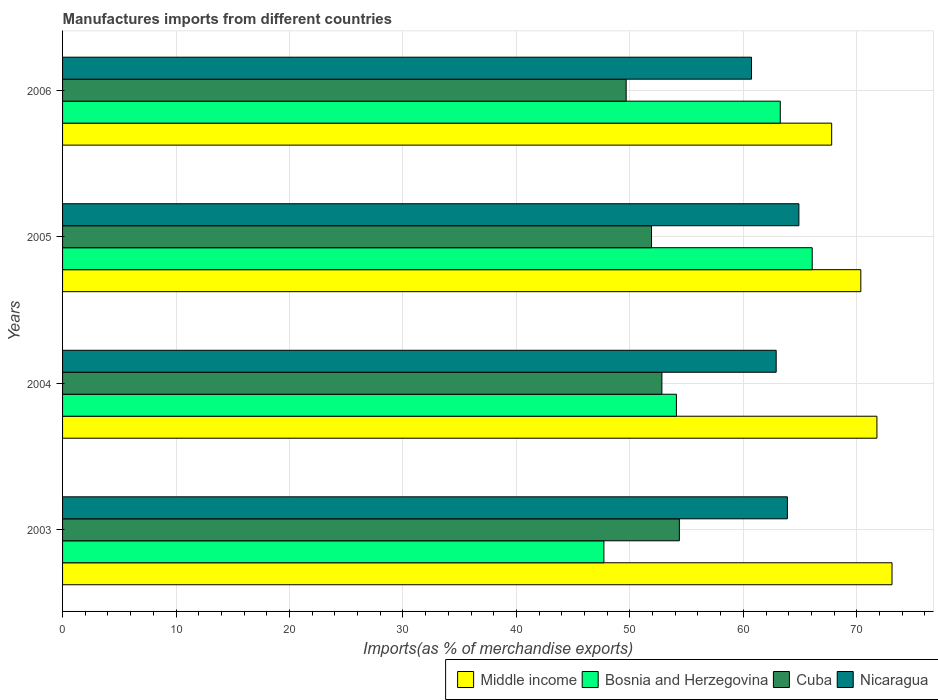
| Years | Middle income | Bosnia and Herzegovina | Cuba | Nicaragua |
 | --- | --- | --- | --- | --- |
 | 2003 | 73.1 | 47.7 | 54.4 | 63.9 |
 | 2004 | 71.8 | 54.1 | 52.8 | 62.9 |
 | 2005 | 70.4 | 66.1 | 51.9 | 64.9 |
 | 2006 | 67.8 | 63.3 | 49.7 | 60.7 |